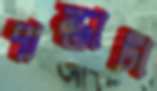
পান্তাটা